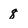
Character: 8